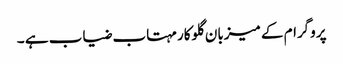
پروگرام کے میزبان گلوکار مہتاب ضیاب ہے ۔